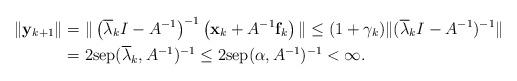
LaTeX: \begin{align*}\Vert \mathbf{y}_{k+1}\Vert & =\Vert \left( \overline{\lambda }_{k}I-A^{-1}\right) ^{-1}\left( \mathbf{x}_{k}+A^{-1}\mathbf{f}_{k}\right)\Vert \leq (1+\gamma _{k})\Vert (\overline{\lambda }_{k}I-A^{-1})^{-1}\Vert \\& =2\mathrm{sep}(\overline{\lambda }_{k},A^{-1})^{-1}\leq 2\mathrm{sep}(\alpha ,A^{-1})^{-1}<\infty . \end{align*}